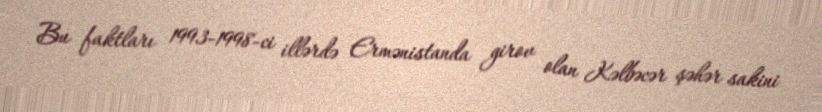
Bu faktları 1993-1998-ci illərdə Ermənistanda girov olan Kəlbəcər şəhər sakini